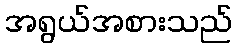
အရွယ်အစားသည်